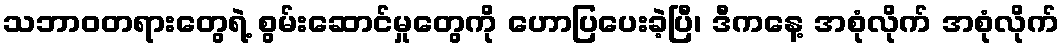
သဘာဝတရားတွေရဲ့ စွမ်းဆောင်မှုတွေကို ဟောပြပေးခဲ့ပြီ၊ ဒီကနေ့ အစုံလိုက် အစုံလိုက်